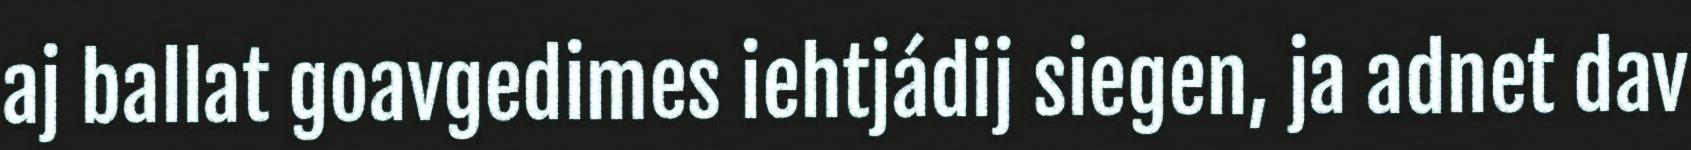
aj ballat goavgedimes iehtjádij siegen, ja adnet dav